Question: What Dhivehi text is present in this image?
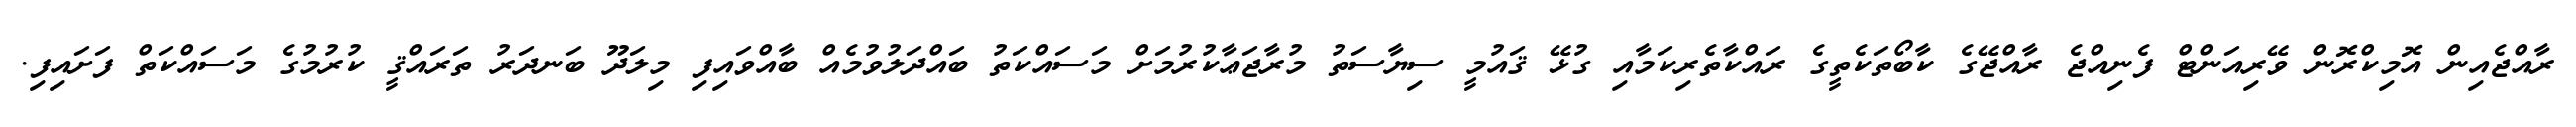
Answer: ރާއްޖެއިން އޮމިކްރޮން ވޭރިއަންޓް ފެނިއްޖެ ރާއްޖޭގެ ކާބޯތަކެތީގެ ރައްކާތެރިކަމާއި ގުޅޭ ޤައުމީ ސިޔާސަތު މުރާޖަޢާކުރުމަށް މަސައްކަތު ބައްދަލުވުމެއް ބާއްވައިފި މިލަދޫ ބަނދަރު ތަރައްޤީ ކުރުމުގެ މަސައްކަތް ފަށައިފި.